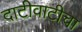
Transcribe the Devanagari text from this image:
दाटीवाटीचा